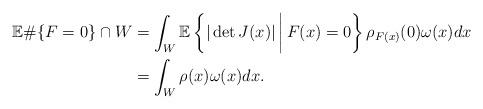
LaTeX: \begin{align*} \mathbb{E}\#\{F=0\}\cap W&=\int_{W}\mathbb{E}\left\{|\det J(x)|\,\bigg|\, F(x)=0\right\} \rho_{F(x)}( 0) \omega(x) dx\\&=\int_{W}\rho(x) \omega(x) dx.\end{align*}